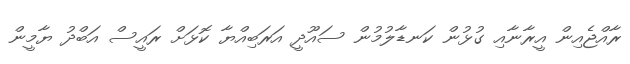
ރާއްޖެއިން އީރާނާއި ގުޅުން ކަނޑާލުމުން ސައޫދީ އަރަބިއްޔާ ކޮޅަށް ރައީސް އަބްދު ޔާމީން